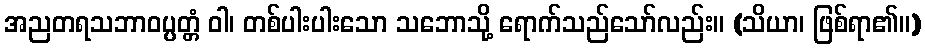
အညတရသဘာဝပ္ပတ္တံ ဝါ၊ တစ်ပါးပါးသော သဘောသို့ ရောက်သည်သော်လည်း။ (သိယာ၊ ဖြစ်ရာ၏။)